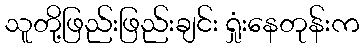
သူတို့ဖြည်းဖြည်းချင်း ရှုံးနေတုန်းက